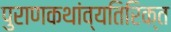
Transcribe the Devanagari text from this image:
पुराणकथांव्यतिरिक्त